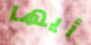
أيها